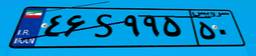
۴۶S۹۹۵۵۰